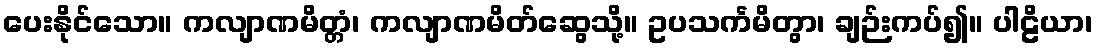
ပေးနိုင်သော။ ကလျာဏမိတ္တံ၊ ကလျာဏမိတ်ဆွေသို့။ ဥပသင်္ကမိတွာ၊ ချဉ်းကပ်၍။ ပါဠိယာ၊